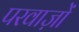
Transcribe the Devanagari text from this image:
परवाज़ों